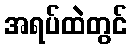
အရပ်ထဲတွင်